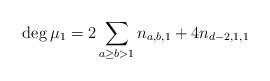
LaTeX: \begin{align*} \deg \mu_{1} = 2\sum_{a \geq b >1}^{}n_{a,b,1} + 4n_{d-2,1,1} \end{align*}